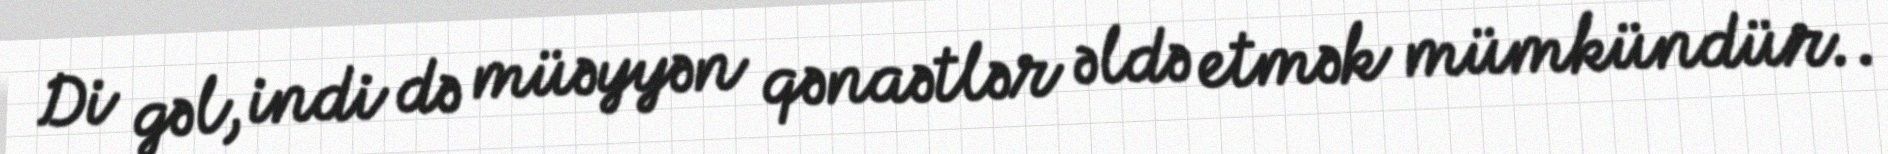
Di gəl, indi də müəyyən qənaətlər əldə etmək mümkündür..